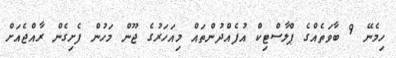
ހިމެނޭ 9 ބާވަތެއްގެ ޕްލާސްޓިކް އުފެއްދުންތައް މިއަހަރުގެ ޖޫން މަހުން ފެށިގެން ރާއްޖެއަށް